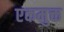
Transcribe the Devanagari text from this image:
एकमुक्त